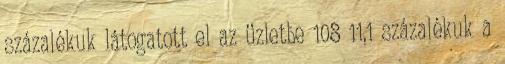
százalékuk látogatott el az üzletbe 108 11,1 százalékuk a